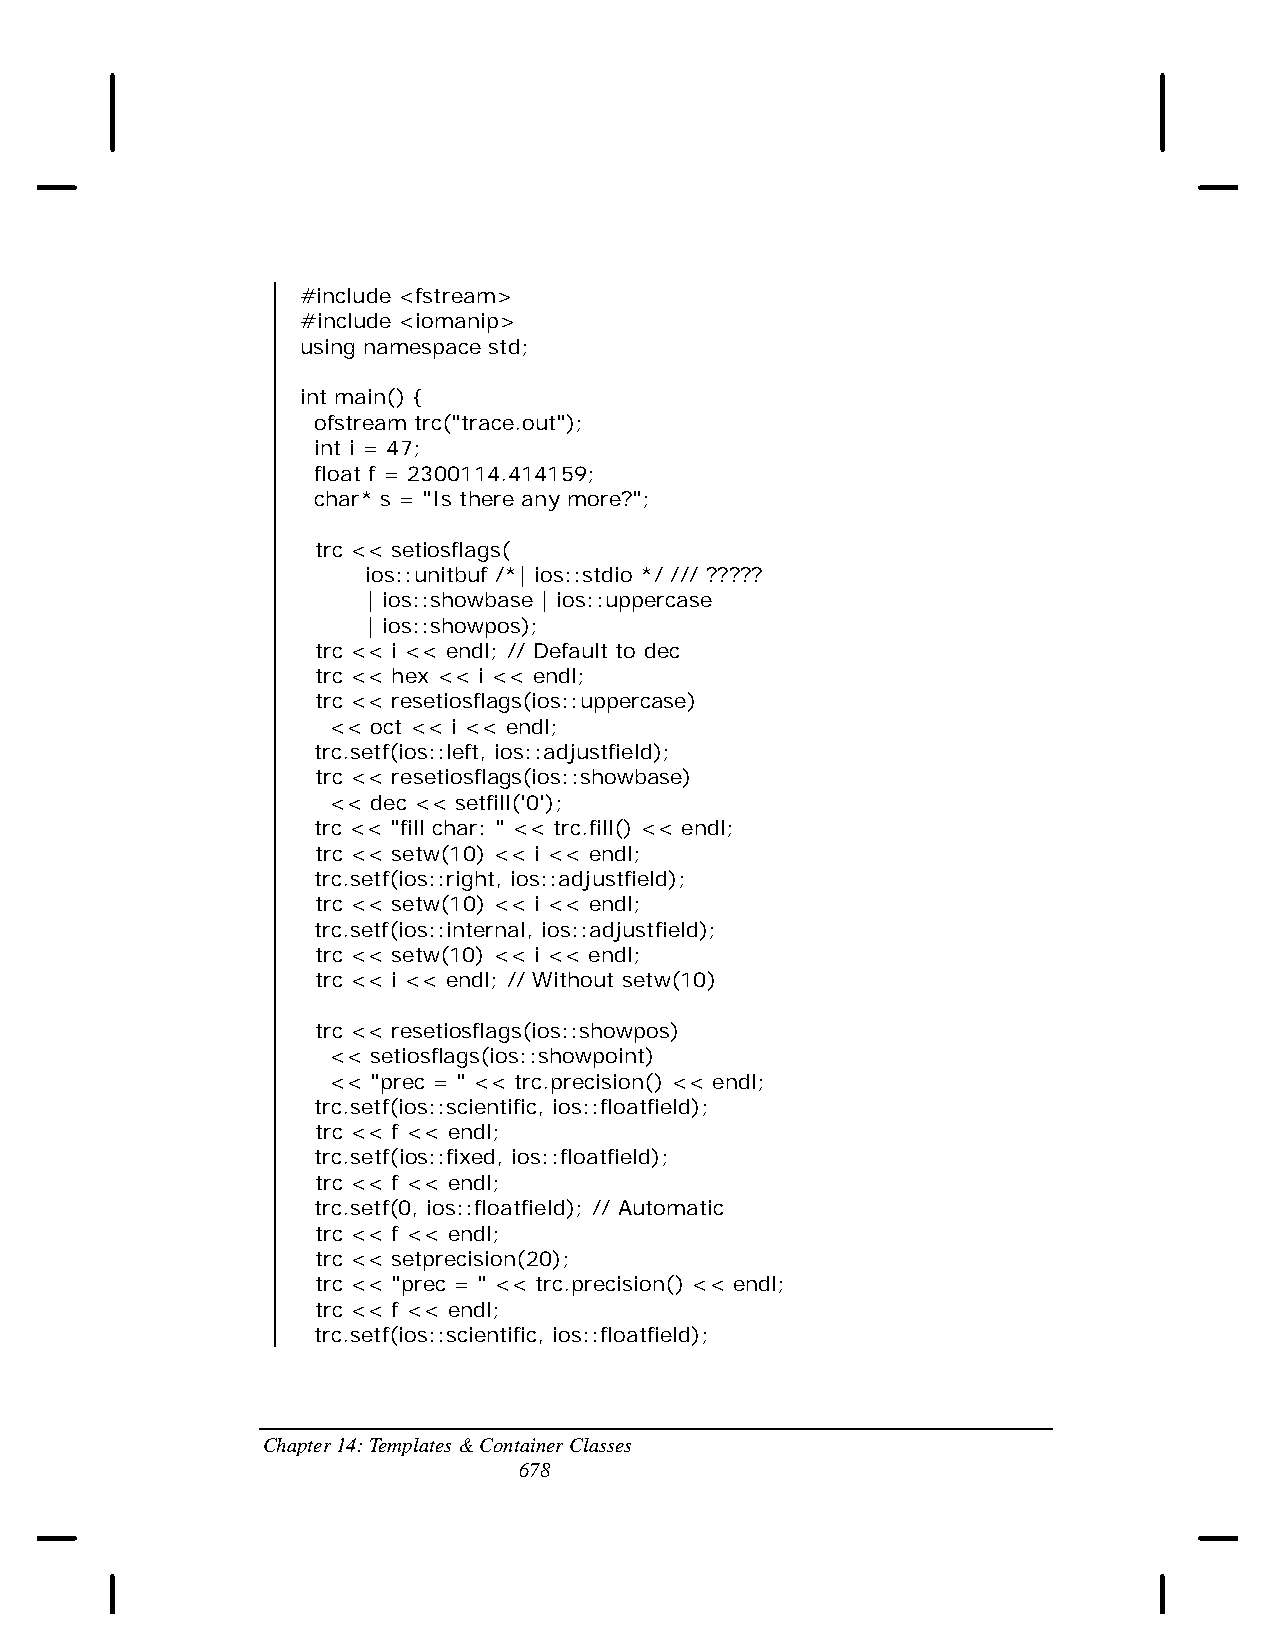
#include <fstream>
 #include <iomanip>
 using namespace std;
 int main() {
 ofstream trc("trace.out");
 int i = 47;
 float f = 2300114.414159;
 char* s = "Is there any more?";
 trc << setiosflags(
 ios::unitbuf /*| ios::stdio */ /// ?????
 | ios::showbase | ios::uppercase
 | ios::showpos);
 trc << i << endl; // Default to dec
 trc << hex << i << endl;
 trc << resetiosflags(ios::uppercase)
 << oct << i << endl;
 trc.setf(ios::left, ios::adjustfield);
 trc << resetiosflags(ios::showbase)
 << dec << setfill('0');
 trc << "fill char: " << trc.fill() << endl;
 trc << setw(10) << i << endl;
 trc.setf(ios::right, ios::adjustfield);
 trc << setw(10) << i << endl;
 trc.setf(ios::internal, ios::adjustfield);
 trc << setw(10) << i << endl;
 trc << i << endl; // Without setw(10)
 trc << resetiosflags(ios::showpos)
 << setiosflags(ios::showpoint)
 << "prec = " << trc.precision() << endl;
 trc.setf(ios::scientific, ios::floatfield);
 trc << f << endl;
 trc.setf(ios::fixed, ios::floatfield);
 trc << f << endl;
 trc.setf(0, ios::floatfield); // Automatic
 trc << f << endl;
 trc << setprecision(20);
 trc << "prec = " << trc.precision() << endl;
 trc << f << endl;
 trc.setf(ios::scientific, ios::floatfield);
 Chapter 14: Templates & Container Classes
 678